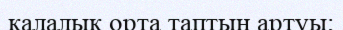
қалалық орта таптың артуы;